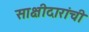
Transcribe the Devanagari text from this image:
साक्षीदारांची